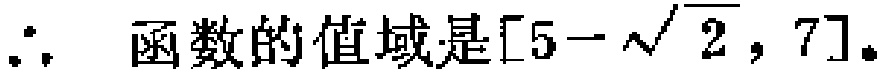
\(\therefore \text{ 函数的值域是}[5 - \sqrt{2}, 7].\)